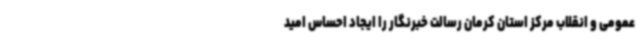
عمومی و انقلاب مرکز استان کرمان رسالت خبرنگار را ایجاد احساس امید